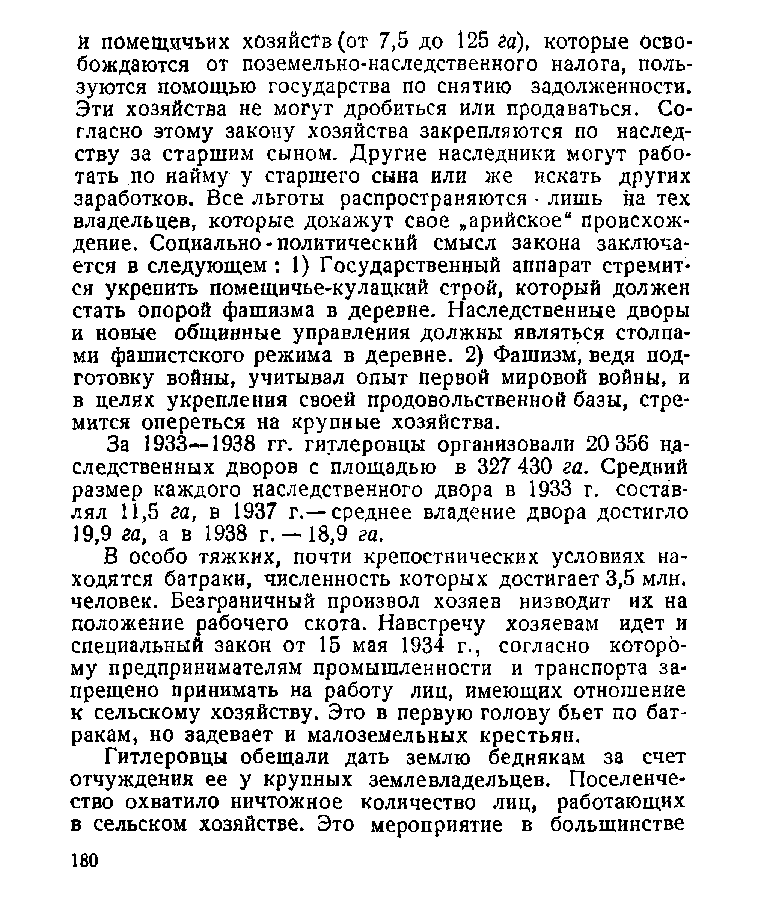
и помещичьих хозяйств (от 7,5 до 125 га), которые осво­
 бождаются от поземельно-наследственного налога, поль­
 зуются помощью государства по снятию задолженности.
 Эти хозяйства не могут дробиться или продаваться. Со­
 гласно этому закону хозяйства закрепляются по наслед­
 ству за старшим сыном. Другие наследники могут рабо­
 тать по найму у старшего сына или же искать других
 заработков. Все льготы распространяются • лишь на тех
 владельцев, которые докажут свое „арийское“ происхож­
 дение. Социально-политический смысл закона заключа­
 ется в следующем: 1) Государственный аппарат стремит­
 ся укрепить помещичье-кулацкий строй, который должен
 стать опорой фашизма в деревне. Наследственные дворы
 и новые общинные управления должны являться столпа­
 ми фашистского режима в деревне. 2) Фашизм, ведя под­
 готовку войны, учитывал опыт первой мировой войны, и
 в целях укрепления своей продовольственной базы, стре­
 мится опереться на крупные хозяйства.
 За 1933—1938 гг. гитлеровцы организовали 20 356 на­
 следственных дворов с площадью в 327 430 га. Средний
 размер каждого наследственного двора в 1933 г. состав­
 лял 11,5 га, в 1937 г.—среднее владение двора достигло
 19,9 га, а в 1938 г. —18,9 га.
 В особо тяжких, почти крепостнических условиях на­
 ходятся батраки, численность которых достигает 3,5 млн.
 человек. Безграничный произвол хозяев низводит их на
 положение рабочего скота. Навстречу хозяевам идет и
 специальный закон от 15 мая 1934 г., согласно которо­
 му предпринимателям промышленности и транспорта за­
 прещено принимать на работу лиц, имеющих отношение
 к сельскому хозяйству. Это в первую голову бьет по бат­
 ракам, но задевает и малоземельных крестьян.
 Гитлеровцы обещали дать землю беднякам за счет
 отчуждения ее у крупных землевладельцев. Поселенче-
 ство охватило ничтожное количество лиц, работающих
 в сельском хозяйстве. Это мероприятие в большинстве
 180